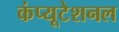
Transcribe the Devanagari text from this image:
कंप्‍यूटेशनल